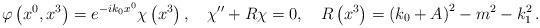
LaTeX: \begin{align*}\varphi \left( x^{0},x^{3}\right) =e^{-ik_{0}x^{0}}\chi \left( x^{3}\right),\quad \chi ^{\prime \prime }+R\chi =0,\quad R\left( x^{3}\right) =\left(k_{0}+A\right) ^{2}-m^{2}-k_{1}^{2}\,. \end{align*}